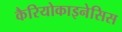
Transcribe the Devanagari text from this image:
कैरियोकाइनेसिस